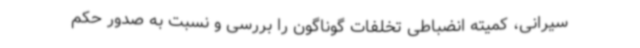
سیرانی، کمیته انضباطی تخلفات گوناگون را بررسی و نسبت به صدور حکم